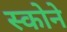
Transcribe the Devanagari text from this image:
स्कोने